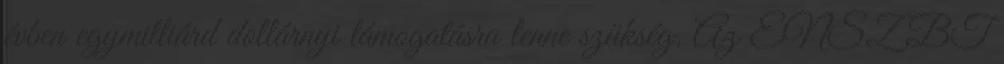
évben egymilliárd dollárnyi támogatásra lenne szükség. Az ENSZ BT